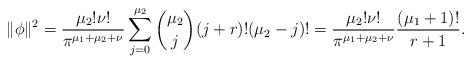
LaTeX: \begin{align*}\|\phi\|^2=\frac{\mu_2!\nu!}{\pi^{\mu_1+\mu_2+\nu}}\sum^{\mu_2}_{j=0}{\mu_2\choose j}(j+r)!(\mu_2-j)!=\frac{\mu_2!\nu!}{\pi^{\mu_1+\mu_2+\nu}}\frac{(\mu_1+1)!}{r+1}.\end{align*}